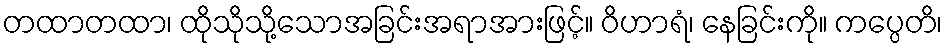
တထာတထာ၊ ထိုသိုသို့သောအခြင်းအရာအားဖြင့်။ ဝိဟာရံ၊ နေခြင်းကို။ ကပ္ပေတိ၊